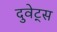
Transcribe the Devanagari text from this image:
दुवेट्स